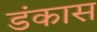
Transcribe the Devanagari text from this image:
डंकास